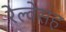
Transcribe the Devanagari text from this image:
रेल्वेसह